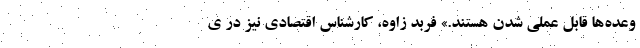
وعده‌ها قابل عملی شدن هستند.» فربد زاوه، کارشناس اقتصادی نیز در ی